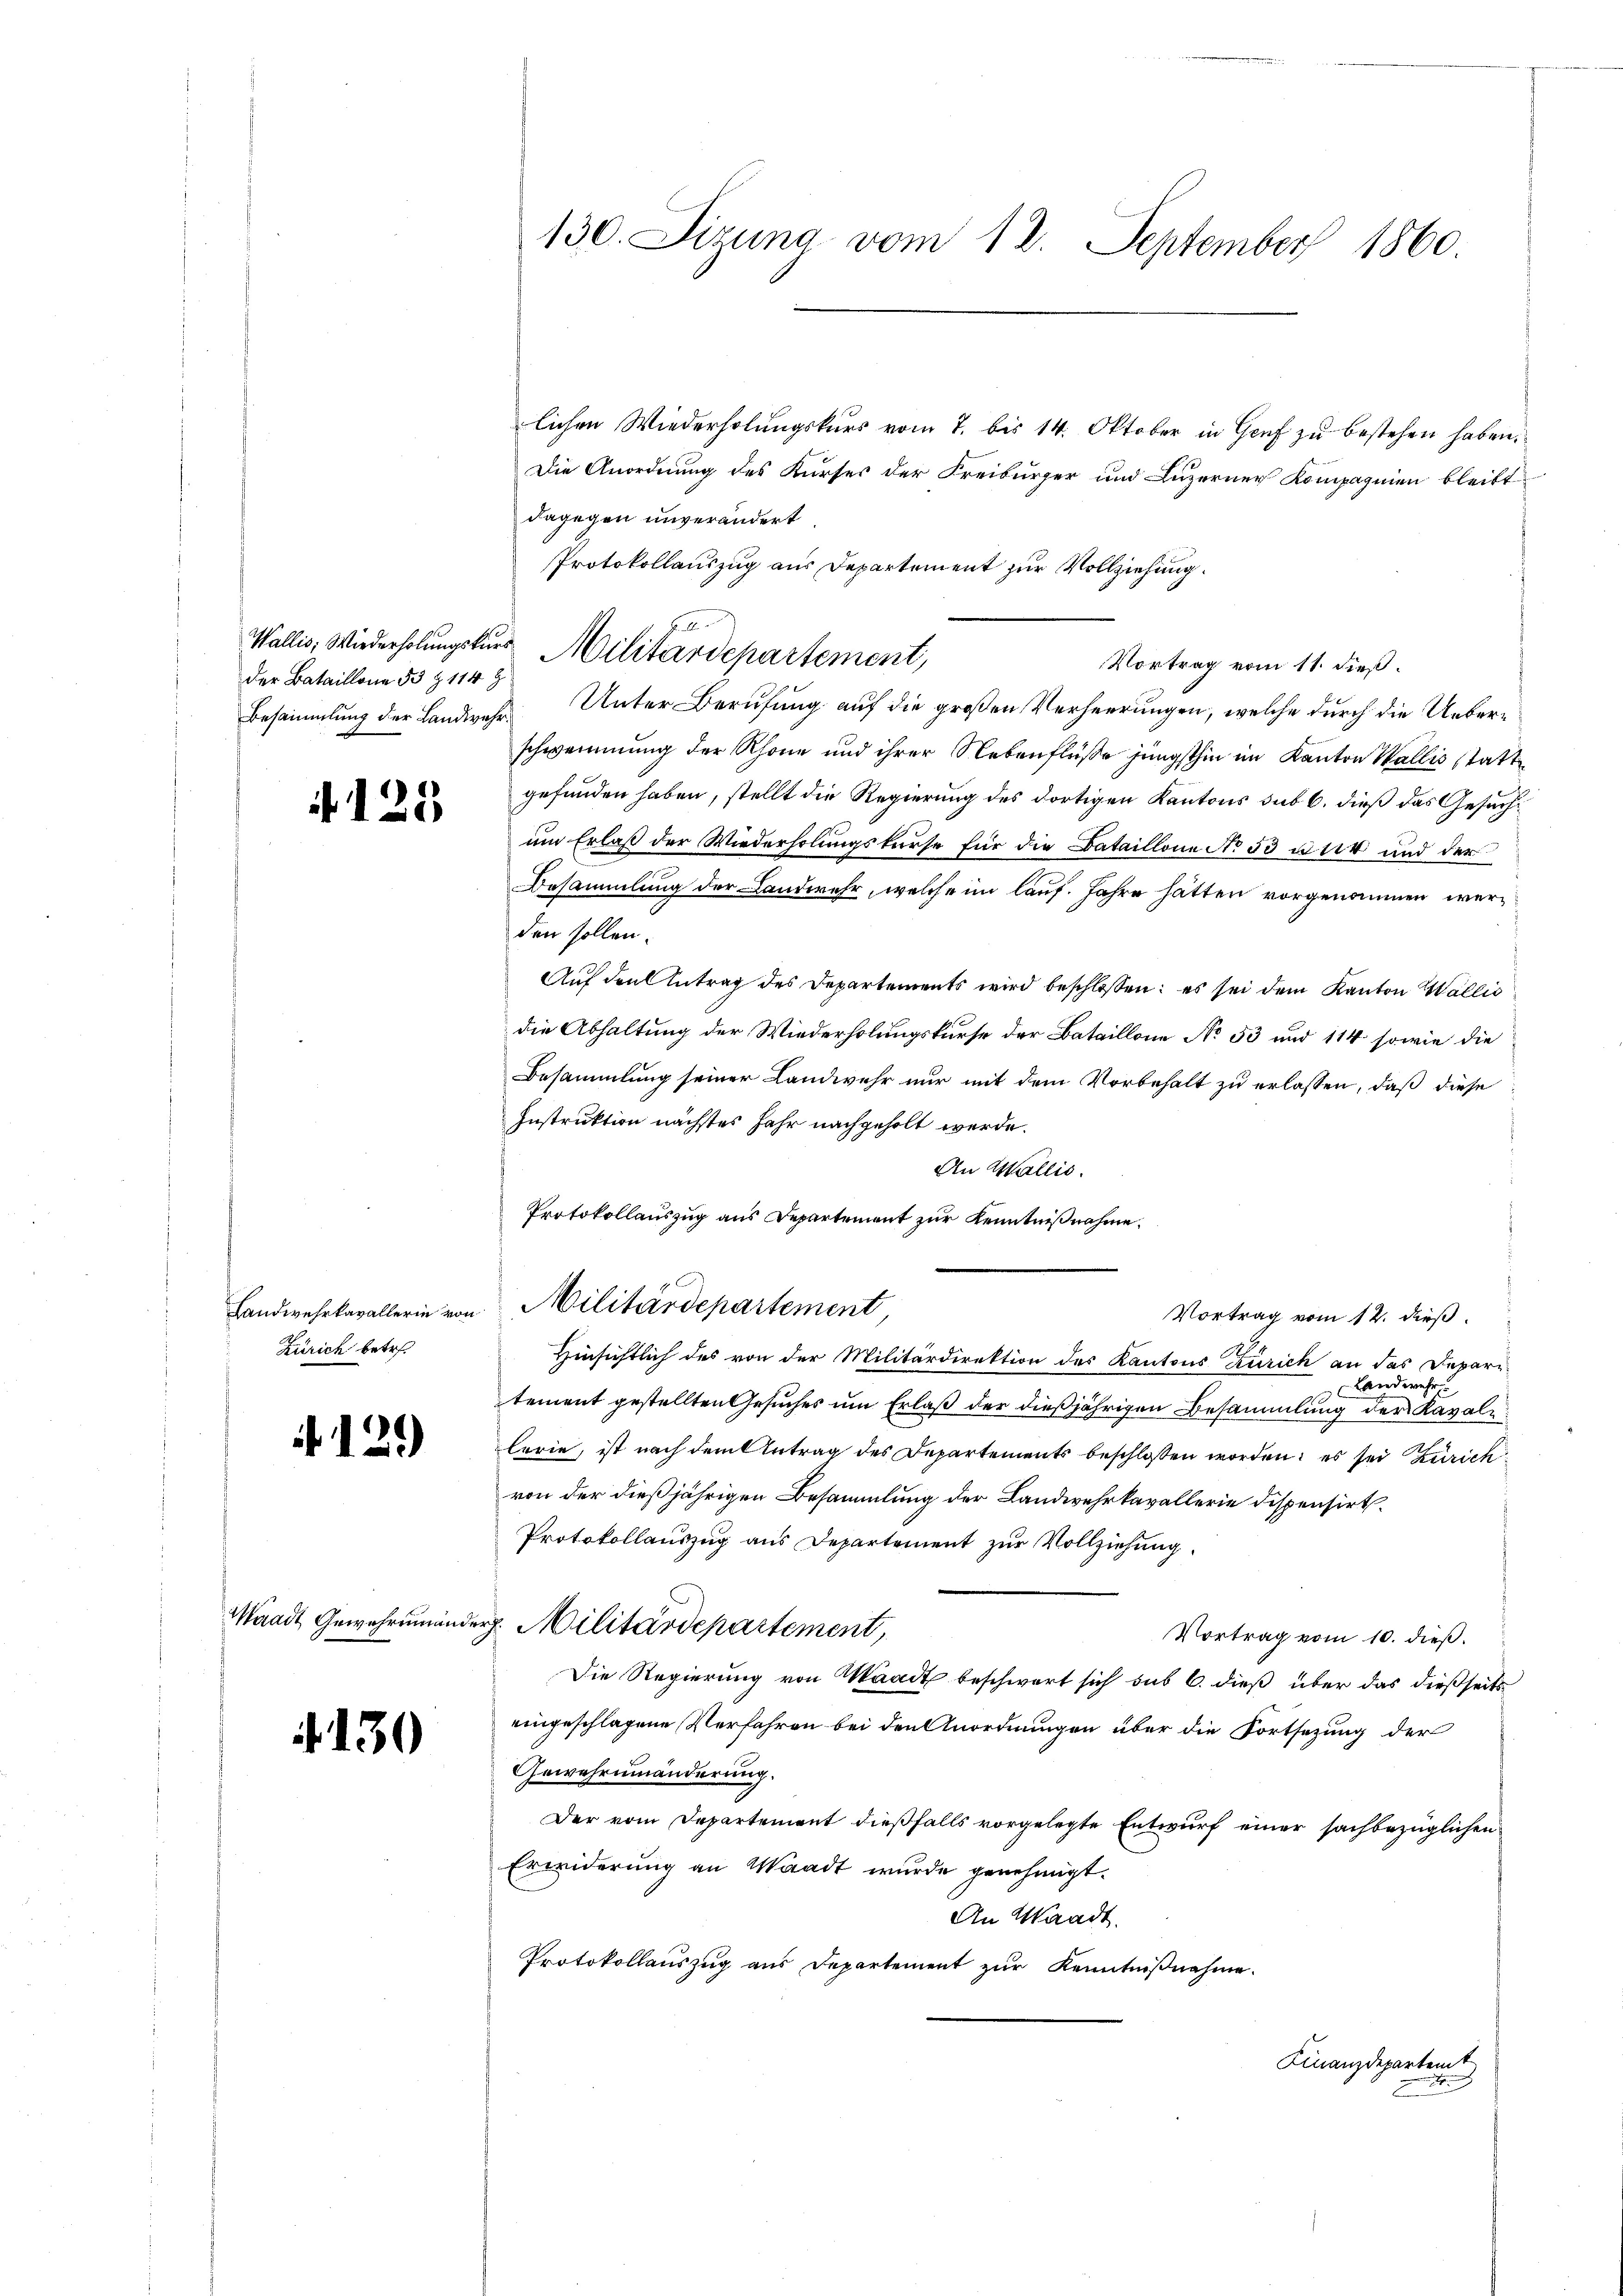
der Bataillone 33 & 114 Z

125

Zürich betr.

12.)

Waadt Gewehrmani

4130

130. Sizung vom 12. September 1860.

lichen Wiederholungskurs vom 7. bis 14. Oktober in Genf zu bestehen haben.
Die Anordnung des Kurses der Freiburger und Luzerner Kompagnien bleibt.
dagegen unverändert.
Protokollauszug aus Departement zur Vollziehung.
Wallis, Wiederholungskurs Militärdepartement,
Vortrag vom 11. dieß.
Besammlung der Landwehr Unter Berufung auf die großen Verheerungen, welche durch die Ueberschwemmung der Rhone und ihrer Nebenflüße jüngsthin im Kanton Wallis statte
gefunden haben, stellt die Regierung des dortigen Kantons sub 6. dieß das Gesuchum Erlaß der Wiederholungskurse für die Bataillone No 33 u 14 und der
Besammlung der Landwehr, welche im lauf. Jahre hätten vorgenommen werden sollen.
Auf den Antrag des Departements wird beschlossen: es sei dem Kanton Wallis
die Abhaltung der Wiederholungskurse der Bataillone No 53 und 114 sowie die
Besammlung seiner Landwehr nur mit dem Vorbehalt zu erlassen, daß diese
Instruktion nächstes Jahr nachgeholt werde.
An Wallis.
Protokollauszug aus Departement zur Kenntnißnahme
Landwehrkavallerin von Militärdepartement,
Vortrag vom 12. dieß.
Hinsichtlich des von der Militärdirektion des Kantons Zürich an das Depare
Landwehr
tement gestellten Gesuches um Erlaß der dießjährigen Besammlung der Kavalilerie, ist nach dem Antrag des Departements beschlossen worden; es sei Zürich
von der dießjährigen Besammlung der Landwehrkavallerie dispensirt.
Protokollauszug aus Departement zur Vollziehung.
ig. Militärdepartement,
Vortrag vom 10. dieß.
Die Regierung von Waadt beschwert sich sub 6. dieß über das dießseits
eingeschlagene Verfahren bei den Anordnungen über die Fortsetzung der
Gewahrninanderung.
Der vom Departement dießfalls vorgelegte Entwurf einer sachbezüglichen
Erwiderung an Waadt wurde genehmigt.
An Waadt.
Protokollauszug aus Departement zur Kenntnißnahme.

Finanzdepartemt
e